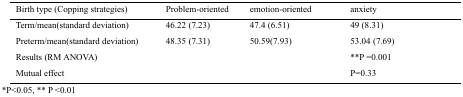
<table><thead><tr><td><b>Birth type (Copping strategies)</b></td><td><b>Problem-oriented</b></td><td><b>emotion-oriented</b></td><td><b>anxiety</b></td></tr></thead><tbody><tr><td>Term/mean(standard deviation)</td><td>46.22 (7.23)</td><td>47.4 (6.51)</td><td>49 (8.31)</td></tr><tr><td>Preterm/mean(standard deviation)</td><td>48.35 (7.31)</td><td>50.59(7.93)</td><td>53.04 (7.69)</td></tr><tr><td colspan="3">Results (RM ANOVA)</td><td>**P =0.001</td></tr><tr><td colspan="3">Mutual effect</td><td>P=0.33</td></tr></tbody></table>